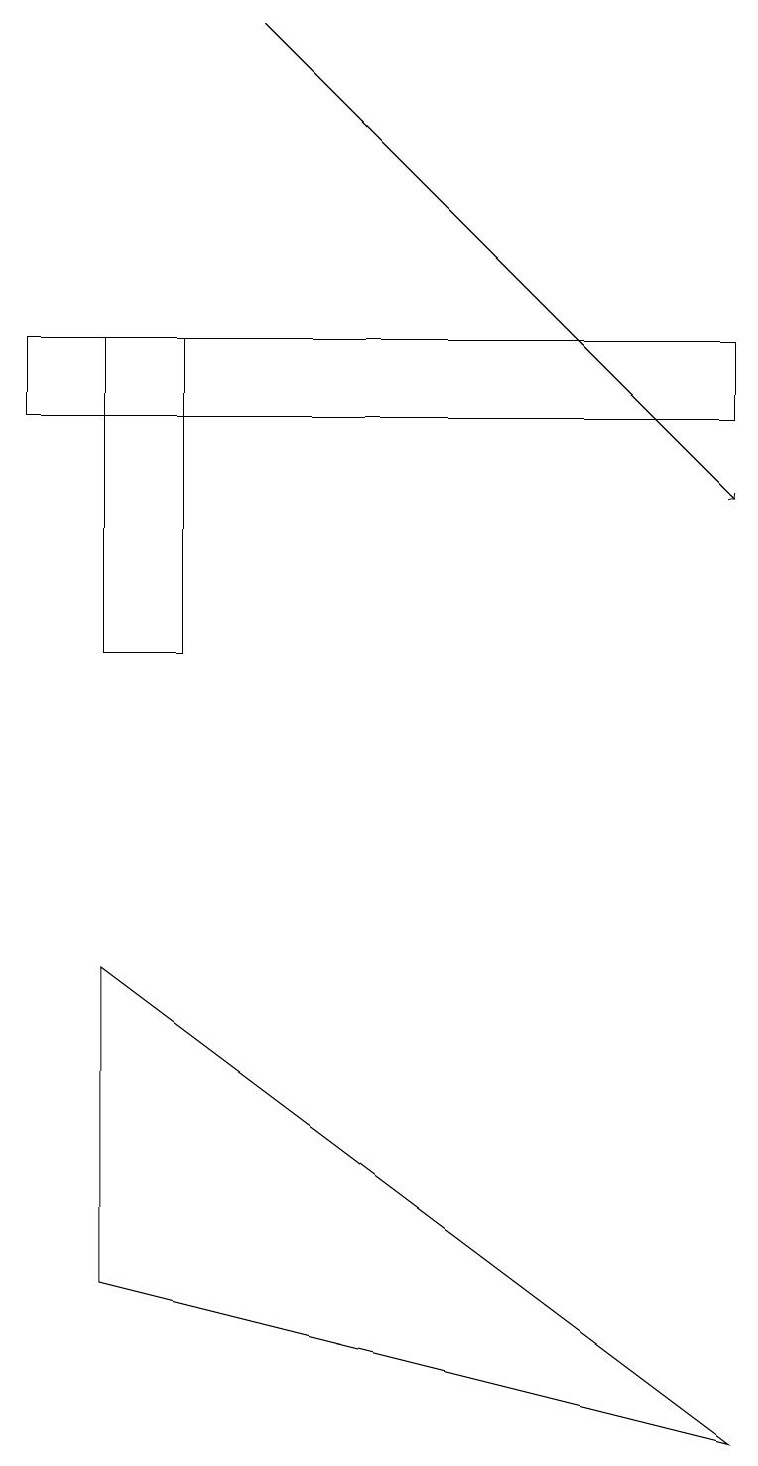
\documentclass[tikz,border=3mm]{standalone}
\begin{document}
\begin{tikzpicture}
\draw (9,14) rectangle (0,13);
\draw[->] (3,18) -- (9,12);
\draw (1,10) rectangle (2,14);
\draw (1,2) -- (9,0) -- (1,6) -- cycle;
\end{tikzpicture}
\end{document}